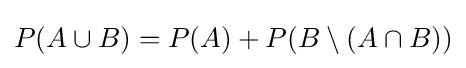
P(A\cup B)=P(A)+P(B\setminus (A\cap B))